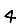
Digit: 4